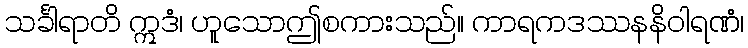
သင်္ခါရာတိ ဣဒံ၊ ဟူသောဤစကားသည်။ ကာရကဒဿနနိဝါရဏံ၊